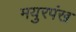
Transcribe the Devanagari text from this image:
मयुरपंख